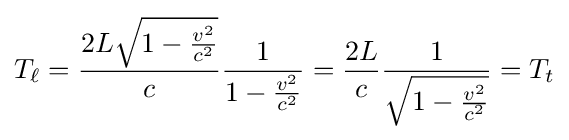
T_{\ell }={\frac {2L{\sqrt {1-{\frac {v^{2}}{c^{2}}}}}}{c}}{\frac {1}{1-{\frac {v^{2}}{c^{2}}}}}={\frac {2L}{c}}{\frac {1}{\sqrt {1-{\frac {v^{2}}{c^{2}}}}}}=T_{t}